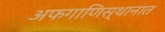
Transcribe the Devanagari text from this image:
अफगाणिस्थानात